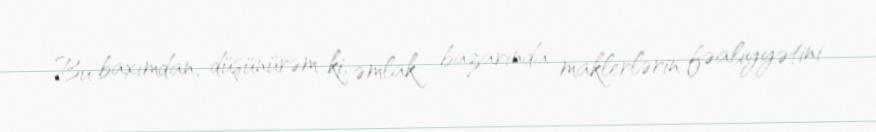
Bu baxımdan, düşünürəm ki, əmlak bazarında maklerlərin fəaliyyətini